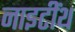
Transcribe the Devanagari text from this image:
नाइटींथ